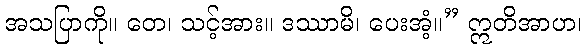
အသပြာကို။ တေ၊ သင့်အား။ ဒဿာမိ၊ ပေးအံ့။” ဣတိအာဟ၊